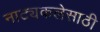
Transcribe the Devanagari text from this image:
नाट्यकलेसाठी